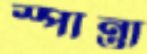
স্পান্তা